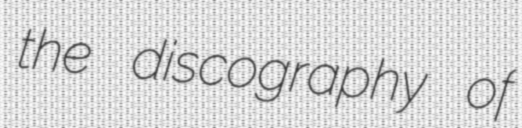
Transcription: the discography of